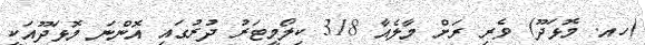
(ހއ. މޮޅަދޫ) ވެރި ރަށް މާލެއާ 318 ކިލޯމީޓަރު ދުރުގައި އޮންނަ މޮޅަދޫއަކީ